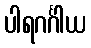
ပါရဂင်္ဂါယ